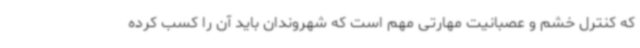
که کنترل خشم و عصبانیت مهارتی مهم است که شهروندان باید آن را کسب کرده